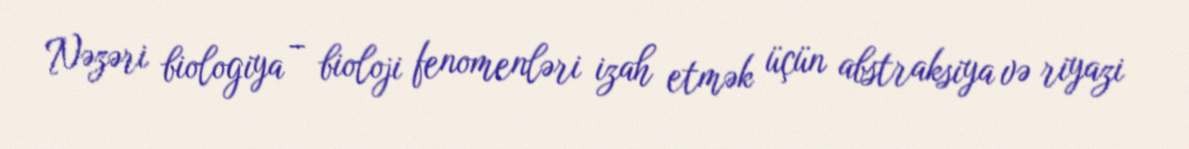
Nəzəri biologiya – bioloji fenomenləri izah etmək üçün abstraksiya və riyazi